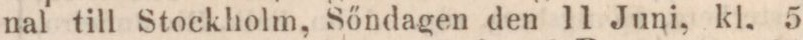
nal till Stockholm, Sőndagen den 11 Juni, kl. 5